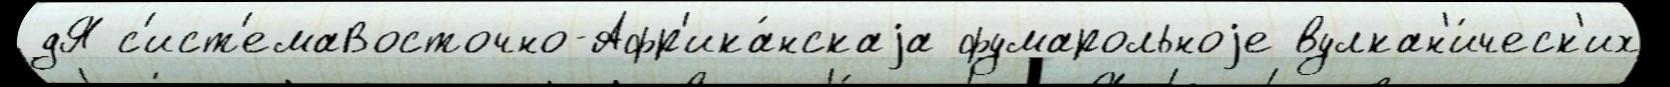
дЯ с'ист'емаВосточно-Афр'ика́нскаjа фумарольноjе вулкан'и́ческ'их